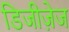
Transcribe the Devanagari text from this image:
डिजीज़ेज